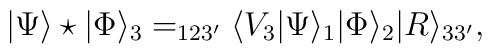
|\Psi\rangle\star |\Phi\rangle_3=_{123'}\langle V_3|\Psi\rangle_1 |\Phi\rangle_2 |R\rangle_{33'} ,